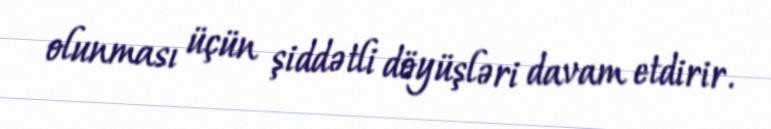
olunması üçün şiddətli döyüşləri davam etdirir.